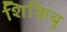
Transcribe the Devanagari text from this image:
शिकिबू